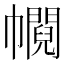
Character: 𢅰